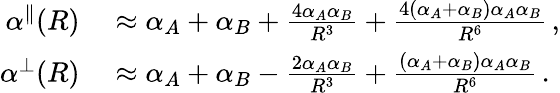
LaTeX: \begin{array}{rl}{\alpha^{\parallel}(R)}&{{}\approx\alpha_{A}+\alpha_{B}+\frac{4\alpha_{A}\alpha_{B}}{R^{3}}+\frac{4(\alpha_{A}+\alpha_{B})\alpha_{A}\alpha_{B}}{R^{6}}\, ,}\\ {\alpha^{\perp}(R)}&{{}\approx\alpha_{A}+\alpha_{B}-\frac{2\alpha_{A}\alpha_{B}}{R^{3}}+\frac{(\alpha_{A}+\alpha_{B})\alpha_{A}\alpha_{B}}{R^{6}}\, .}\end{array}